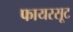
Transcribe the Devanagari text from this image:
फायरसूट